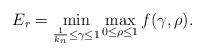
LaTeX: \begin{align*}E_r = \min_{ \frac{1}{k_n } \leq \gamma \leq 1 } \max_{0 \leq \rho \leq 1} f(\gamma, \rho) .\end{align*}